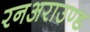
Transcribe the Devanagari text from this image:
रनअराउण्ड